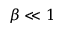
\beta \ll 1